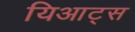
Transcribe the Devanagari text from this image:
यिआट्स